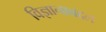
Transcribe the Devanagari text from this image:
विज्ञानाबद्दल